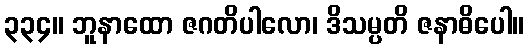
၃၃၄။ ဘူနာထော ဇဂတိပါလော၊ ဒိသမ္ပတိ ဇနာဓိပေါ။